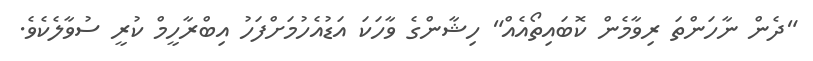
"ދެން ނާހަންތަ ރިވާމެން ކޮބައިތޯއެއް" ހިޝާންގެ ވާހަކަ އަޑުއެހުމަށްފަހު އިބްރާހީމް ކުރީ ސުވާލެކެވެ.